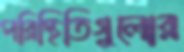
পরিস্থিতিগুলোর